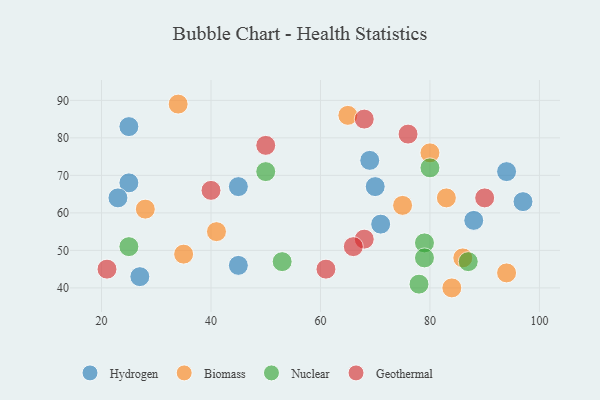
{"axis": {"x": "GDP", "y": "Life Expectancy"}, "legend": ["Biomass", "Geothermal", "Hydrogen", "Nuclear"], "data": [{"x": "94", "y": 71, "type": "Hydrogen"}, {"x": "45", "y": 46, "type": "Hydrogen"}, {"x": "25", "y": 68, "type": "Hydrogen"}, {"x": "23", "y": 64, "type": "Hydrogen"}, {"x": "25", "y": 83, "type": "Hydrogen"}, {"x": "27", "y": 43, "type": "Hydrogen"}, {"x": "45", "y": 67, "type": "Hydrogen"}, {"x": "71", "y": 57, "type": "Hydrogen"}, {"x": "97", "y": 63, "type": "Hydrogen"}, {"x": "69", "y": 74, "type": "Hydrogen"}, {"x": "70", "y": 67, "type": "Hydrogen"}, {"x": "88", "y": 58, "type": "Hydrogen"}, {"x": "65", "y": 86, "type": "Biomass"}, {"x": "94", "y": 44, "type": "Biomass"}, {"x": "86", "y": 48, "type": "Biomass"}, {"x": "34", "y": 89, "type": "Biomass"}, {"x": "84", "y": 40, "type": "Biomass"}, {"x": "75", "y": 62, "type": "Biomass"}, {"x": "35", "y": 49, "type": "Biomass"}, {"x": "41", "y": 55, "type": "Biomass"}, {"x": "80", "y": 76, "type": "Biomass"}, {"x": "83", "y": 64, "type": "Biomass"}, {"x": "28", "y": 61, "type": "Biomass"}, {"x": "50", "y": 71, "type": "Nuclear"}, {"x": "25", "y": 51, "type": "Nuclear"}, {"x": "87", "y": 47, "type": "Nuclear"}, {"x": "79", "y": 52, "type": "Nuclear"}, {"x": "78", "y": 41, "type": "Nuclear"}, {"x": "80", "y": 72, "type": "Nuclear"}, {"x": "53", "y": 47, "type": "Nuclear"}, {"x": "79", "y": 48, "type": "Nuclear"}, {"x": "61", "y": 45, "type": "Geothermal"}, {"x": "68", "y": 53, "type": "Geothermal"}, {"x": "21", "y": 45, "type": "Geothermal"}, {"x": "66", "y": 51, "type": "Geothermal"}, {"x": "76", "y": 81, "type": "Geothermal"}, {"x": "50", "y": 78, "type": "Geothermal"}, {"x": "68", "y": 85, "type": "Geothermal"}, {"x": "90", "y": 64, "type": "Geothermal"}, {"x": "40", "y": 66, "type": "Geothermal"}]}